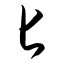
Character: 匕